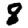
Digit: 8